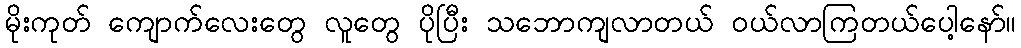
မိုးကုတ် ကျောက်လေးတွေ လူတွေ ပိုပြီး သဘောကျလာတယ် ဝယ်လာကြတယ်ပေါ့နော်။